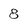
Character: 8